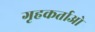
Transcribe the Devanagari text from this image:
गृहकर्ताओ